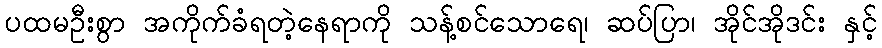
ပထမဦးစွာ အကိုက်ခံရတဲ့နေရာကို သန့်စင်သောရေ၊ ဆပ်ပြာ၊ အိုင်အိုဒင်း နှင့်